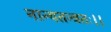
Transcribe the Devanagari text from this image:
नान्यतन्त्रतः।।